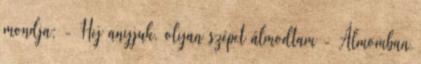
mondja: - Hej anyjuk, olyan szépet álmodtam - Álmomban